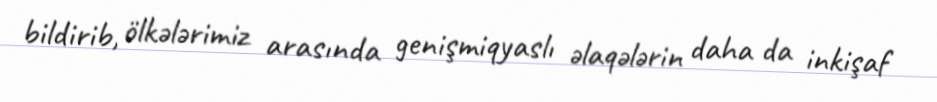
bildirib, ölkələrimiz arasında genişmiqyaslı əlaqələrin daha da inkişaf